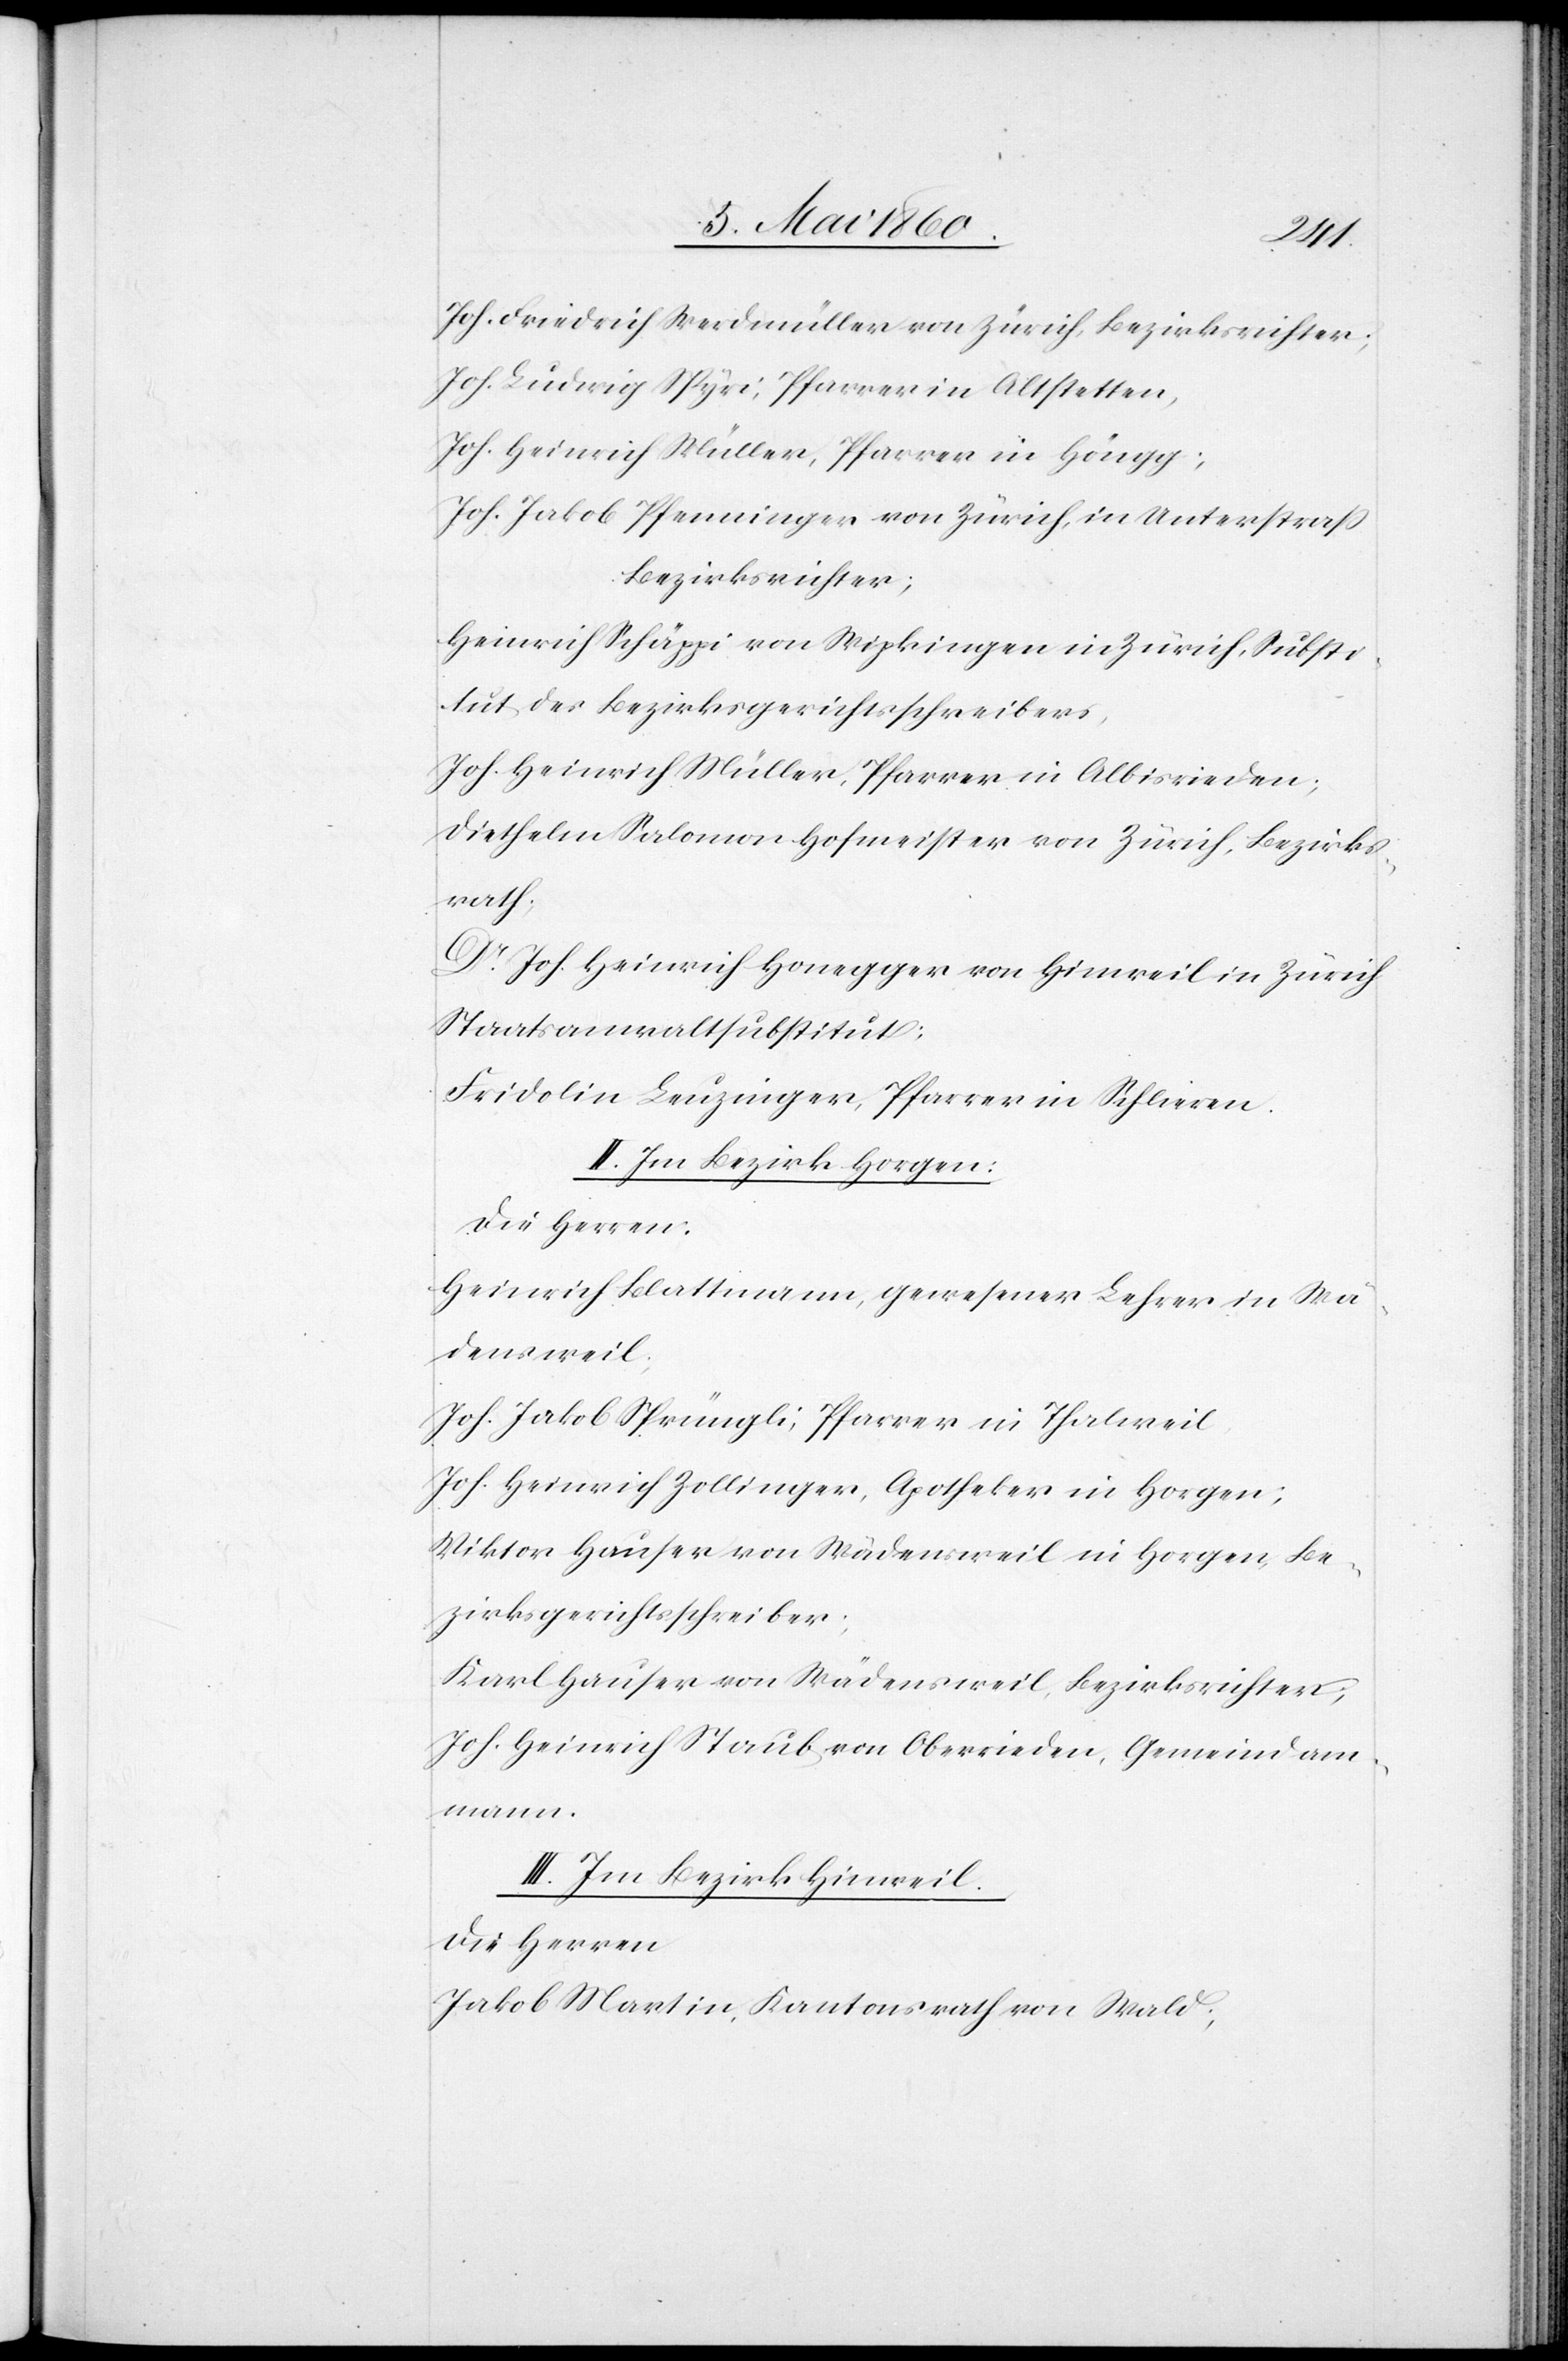
Joh. Friedrich Werdmüller von Zürich, Bezirksrichter;
Joh. Ludwig Spyri, Pfarrer in Altstetten,
Joh. Heinrich Müller, Pfarrer in Höngg;
Joh. Jakob Pfenninger von Zürich, in Unterstrass
Bezirksrichter;
Heinrich Schäppi von Wipkingen in Zürich, Substi¬
tut des Bezirksgerichtsschreibers,
Joh. Heinrich Müller, Pfarrer in Albisrieden;
Diethelm Salomon Hofmeister von Zürich, Bezirks¬
rath.
Dr Joh. Heinrich Honegger von Hinweil in Zürich
Staatsanwaltsubstitut;
Fridolin Leuzinger, Pfarrer in Schlieren.
II. Im Bezirk Horgen:
Die Herren:
Heinrich Blattmann, gewesener Lehrer in Wä¬
densweil,
Joh. Jakob Sprüngli, Pfarrer in Thalweil
Joh. Heinrich Zollinger, Apotheker in Horgen;
Viktor Hauser von Wädensweil in Horgen, Be¬
zirksgerichtsschreiber;
Karl Hauser von Wädensweil, Bezirksrichter;
Joh. Heinrich Staub von Oberrieden, Gemeindam¬
mann.
III. Im Bezirk Hinweil.
Die Herren
Jakob Martin, Kantonsrath von Wald;